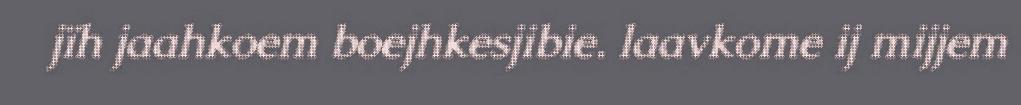
jïh jaahkoem boejhkesjibie. laavkome ij mijjem